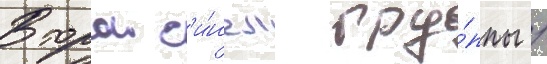
Второи с'и́нгл гру́ппы /